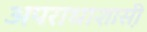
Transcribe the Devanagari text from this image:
अपराधाशास़ी